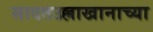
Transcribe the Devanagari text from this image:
सादतउल्लाखानाच्या